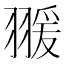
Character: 𦑛